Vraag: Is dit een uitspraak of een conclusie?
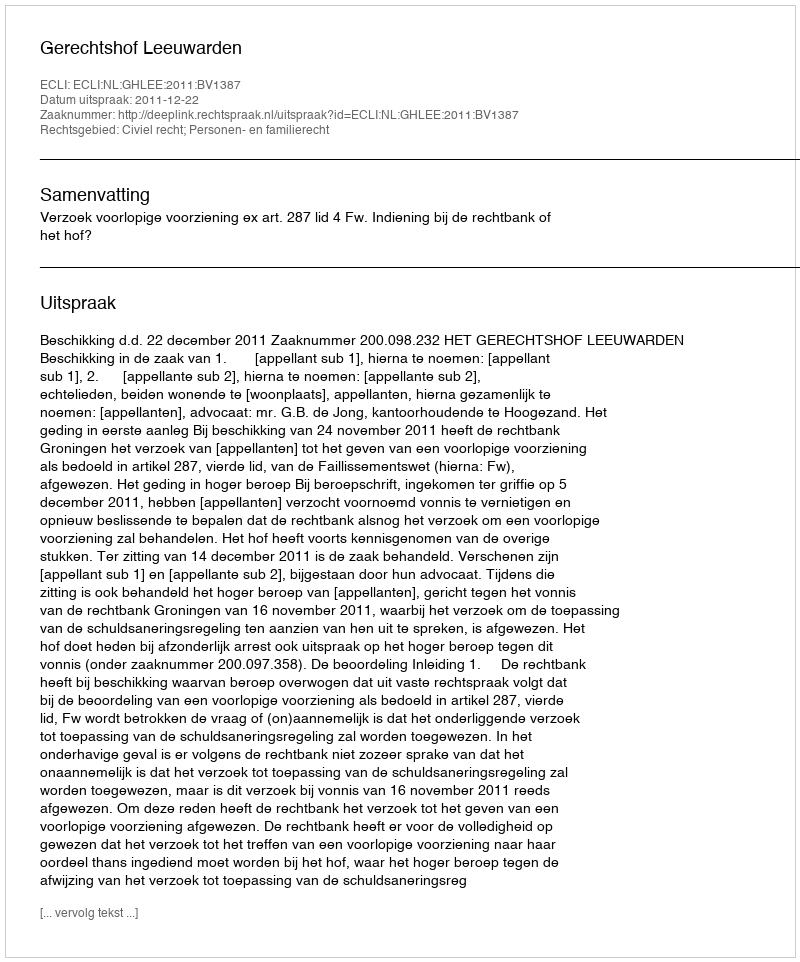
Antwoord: Uitspraak